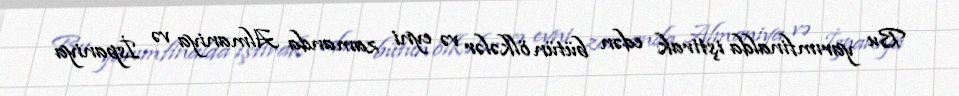
Bu yarımfinalda iştirak edən bütün ölkələr və eyni zamanda Almaniya və İspaniya